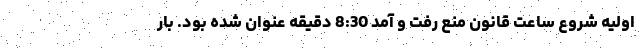
اولیه شروع ساعت قانون منع رفت و آمد 8:30 دقیقه عنوان شده بود. بار